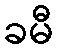
ခမီ